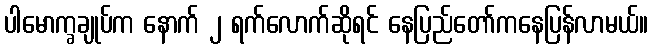
ပါမောက္ခချုပ်က နောက် ၂ ရက်လောက်ဆိုရင် နေပြည်တော်ကနေပြန်လာမယ်။